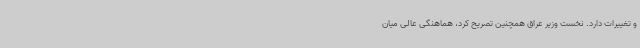
و تغییرات دارد. نخست وزیر عراق همچنین تصریح کرد، هماهنگی عالی میان